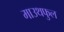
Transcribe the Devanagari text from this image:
माउथफुल